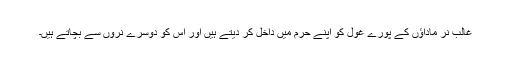
غالب نر ماداؤں کے پورے غول کو اپنے حرم میں داخل کر دیتے ہیں اور اس کو دوسرے نروں سے بچاتے ہیں۔